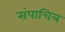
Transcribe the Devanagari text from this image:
संपाचित्र